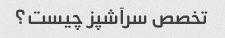
تخصص سرآشپز چیست؟